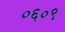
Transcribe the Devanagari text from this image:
०६०९